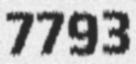
7793